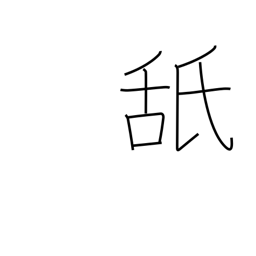
Meaning: taste